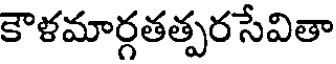
కౌళమార్గతత్పర సేవితా